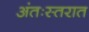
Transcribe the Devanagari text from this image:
अंतःस्तरात